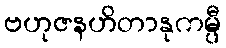
ဗဟုဇနဟိတာနုကမ္ပီ